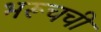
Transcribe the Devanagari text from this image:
भरूचची